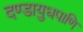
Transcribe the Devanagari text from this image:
दण्डायुधपाणि